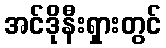
အင်ဒိုနီးရှားတွင်